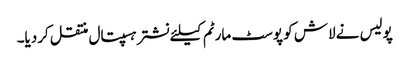
پولیس نے لاش کو پوسٹ مارٹم کیلئے نشتر ہسپتال منتقل کردیا۔